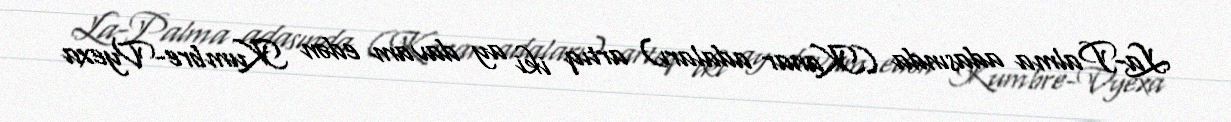
La-Palma adasında (Kanar adaları) artıq iki ay davam edən Kumbre-Vyexa